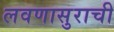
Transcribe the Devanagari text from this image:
लवणासुराची